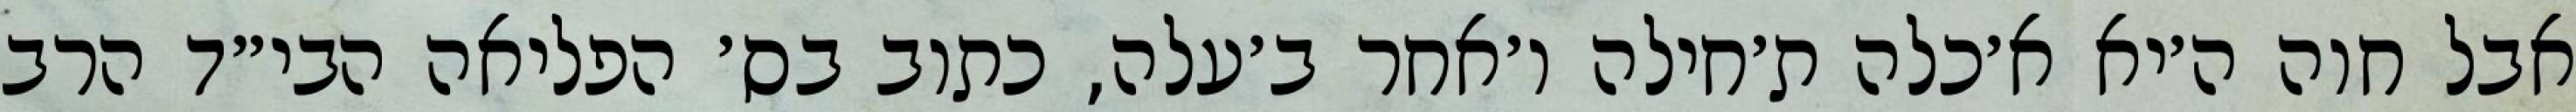
אבל חוה ה׳יא א׳כלה ת׳חילה ו׳אחר ב׳עלה, כתוב בס׳ הפליאה הבי״ד הרב